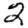
Digit: 2